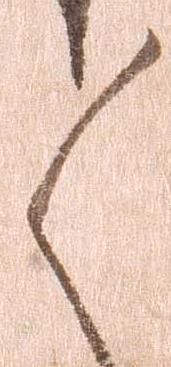
々